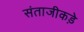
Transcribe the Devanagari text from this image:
संताजीकड़े